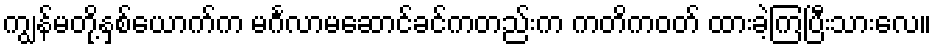
ကျွန်မတို့နှစ်ယောက်က မင်္ဂလာမဆောင်ခင်ကတည်းက ကတိကဝတ် ထားခဲ့ကြပြီးသားလေ။